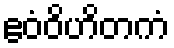
ဧဝံဝိဟိတကံ